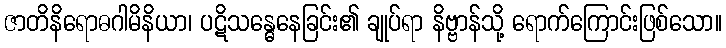
ဇာတိနိရောဓဂါမိနိယာ၊ ပဋိသန္ဓေနေခြင်း၏ ချုပ်ရာ နိဗ္ဗာန်သို့ ရောက်ကြောင်းဖြစ်သော။